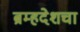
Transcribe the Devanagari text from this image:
ब्रम्हदेशचा